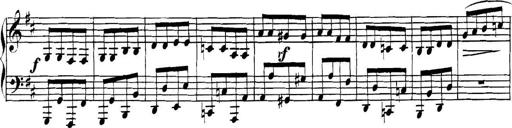
Title: Collected Piano Sonatas
Composer: Muzio Clementi